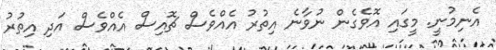
އެނިމުނީ. މީގައި އޮވެގެން ނުވާނެ އިތުރު އެއްވެސް ޗޮއިސް އެއްވެސް އަދި އިތުރު